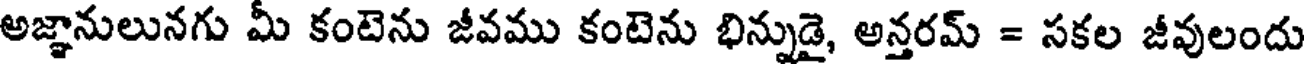
అజ్ఞానులునగు మీ కంటెను జీవము కంటెను భిన్నుడై, అన్తరమ్ = సకల జీవులందు